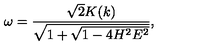
\omega = \frac { \sqrt { 2 } K ( k ) } { \sqrt { 1 + \sqrt { 1 - 4 H ^ { 2 } E ^ { 2 } } } } ,